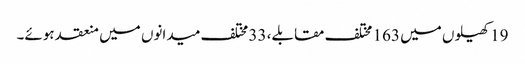
19 کھیلوں میں 163 مختلف مقابلے، 33 مختلف میدانوں میں منعقد ہوئے۔